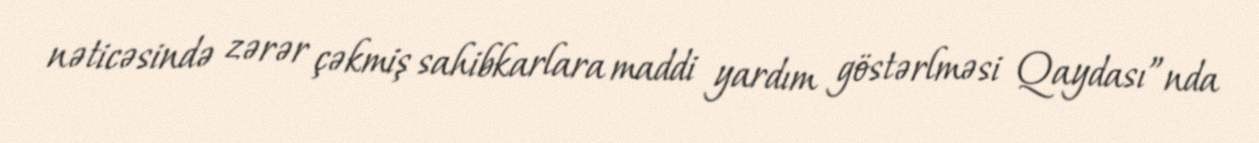
nəticəsində zərər çəkmiş sahibkarlara maddi yardım göstərlməsi Qaydası”nda